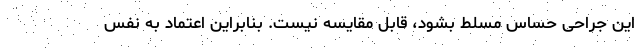
این جراحی حساس مسلط بشود، قابل مقایسه نیست. بنابراین اعتماد به نفس